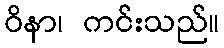
ဝိနာ၊ ကင်းသည်။